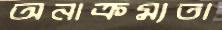
অনাক্রম্যতা